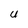
Character: U